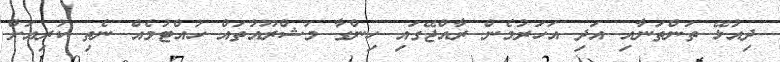
ދިިއުޅޭ ތަންތަނާއި އަދި އަހަރުމެން ރާއްޖޭގައި ހިންގާ މަޝްރޫއުތައް ހުއްޓުމެއް ނެތި ކުރިއަށް